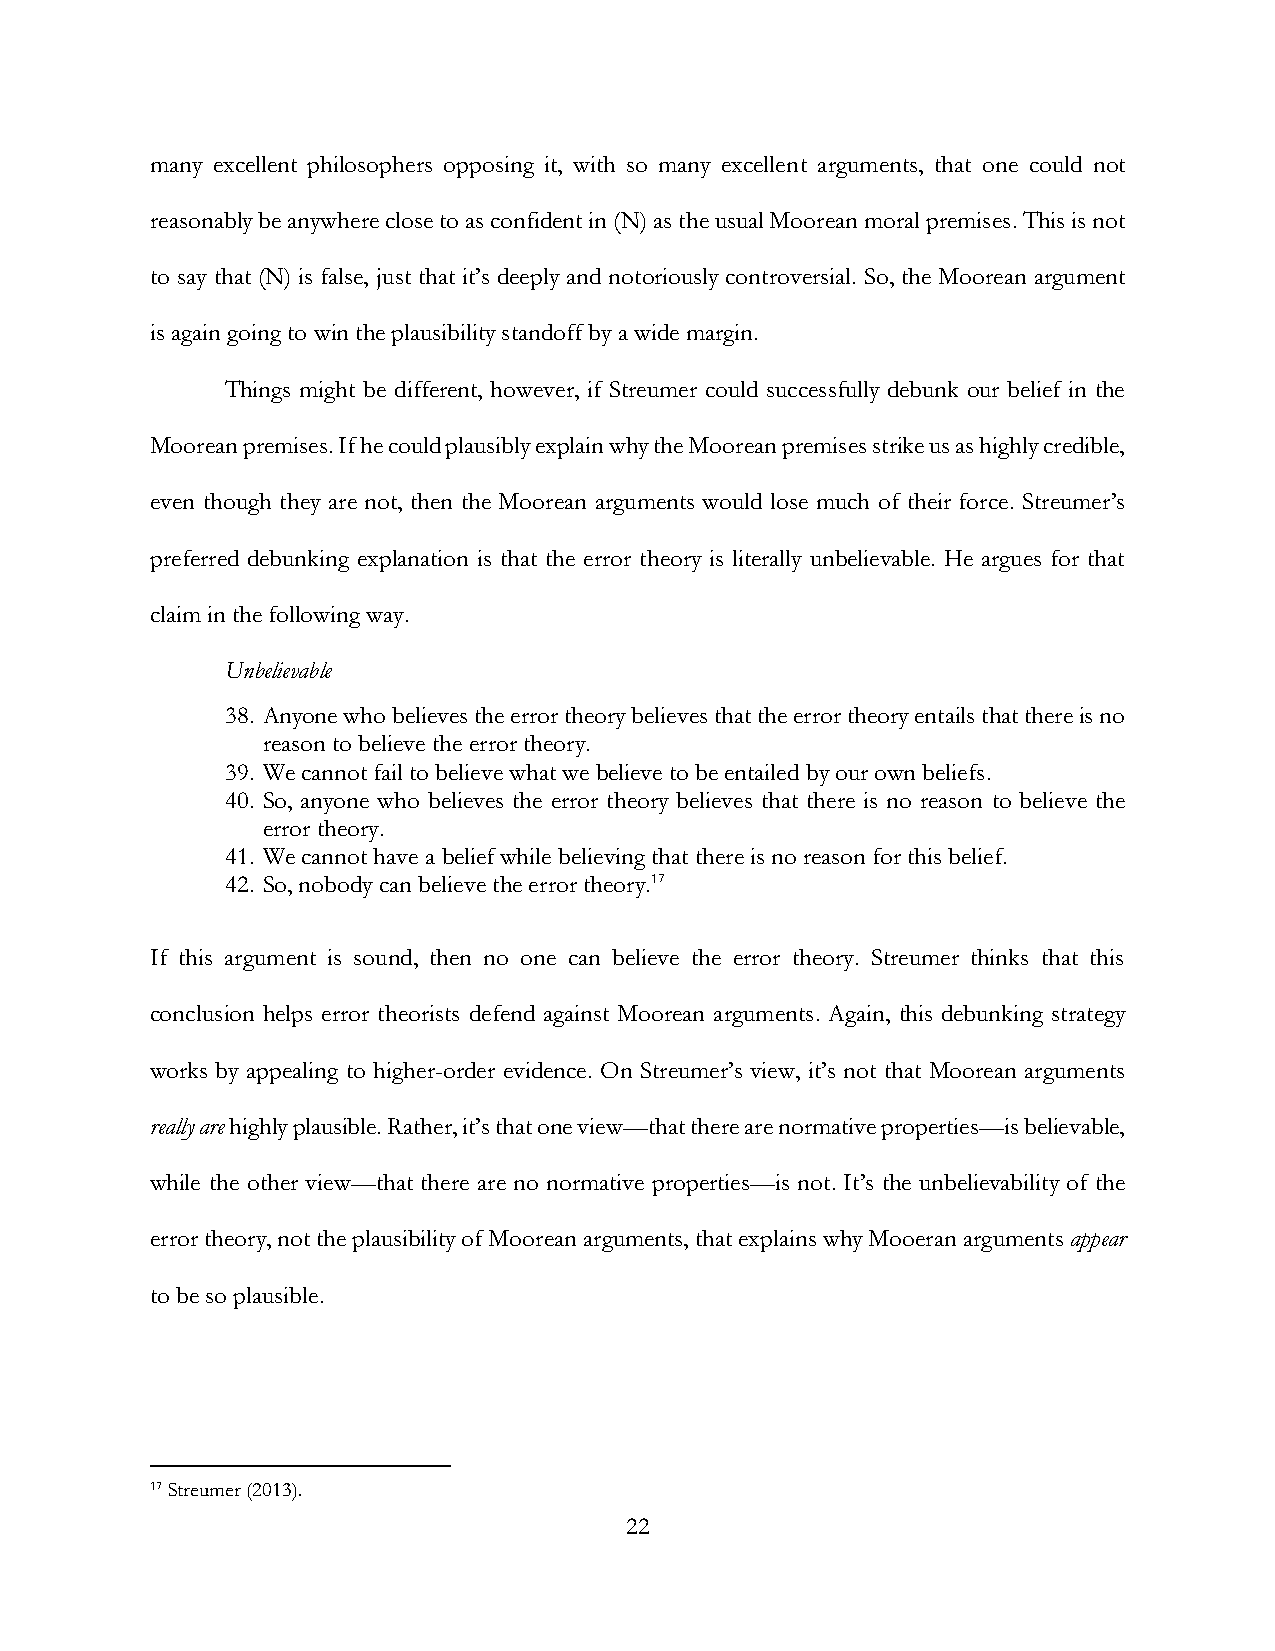
many excellent philosophers opposing it, with so many excellent arguments, that one could not
 reasonably be anywhere close to as confident in (N) as the usual Moorean moral premises. This is not
 to say that (N) is false, just that it’s deeply and notoriously controversial. So, the Moorean argument
 is again going to win the plausibility standoff by a wide margin.
 Things might be different, however, if Streumer could successfully debunk our belief in the
 Moorean premises. If he could plausibly explain why the Moorean premises strike us as highly credible,
 even though they are not, then the Moorean arguments would lose much of their force. Streumer’s
 preferred debunking explanation is that the error theory is literally unbelievable. He argues for that
 claim in the following way.
 Unbelievable
 38. Anyone who believes the error theory believes that the error theory entails that there is no
 reason to believe the error theory.
 39. We cannot fail to believe what we believe to be entailed by our own beliefs.
 40. So, anyone who believes the error theory believes that there is no reason to believe the
 error theory.
 41. We cannot have a belief while believing that there is no reason for this belief.
 42. So, nobody can believe the error theory.17
 If this argument is sound, then no one can believe the error theory. Streumer thinks that this
 conclusion helps error theorists defend against Moorean arguments. Again, this debunking strategy
 works by appealing to higher-order evidence. On Streumer’s view, it’s not that Moorean arguments
 really are highly plausible. Rather, it’s that one view—that there are normative properties—is believable,
 while the other view—that there are no normative properties—is not. It’s the unbelievability of the
 error theory, not the plausibility of Moorean arguments, that explains why Mooeran arguments appear
 to be so plausible.
 17 Streumer (2013).
 22